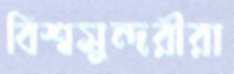
বিশ্বসুন্দরীরা